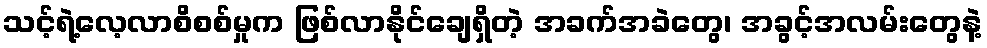
သင့်ရဲ့လေ့လာစိစစ်မှုက ဖြစ်လာနိုင်ချေရှိတဲ့ အခက်အခဲတွေ၊ အခွင့်အလမ်းတွေနဲ့